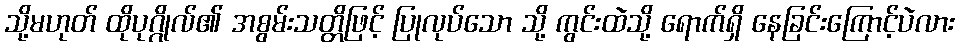
သို့မဟုတ် ထိုပုဂ္ဂိုလ်၏ အစွမ်းသတ္တိဖြင့် ပြုလုပ်သော သို့ ကွင်းထဲသို့ ရောက်ရှိ နေခြင်းကြောင့်ပဲလား